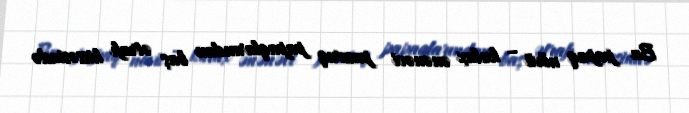
Bu papaq növü – kulax ənənəvi pazırıq papaqlarından baş ətrafı hissəsində